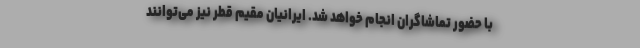
با حضور تماشاگران انجام خواهد شد. ایرانیان مقیم قطر نیز می‌توانند